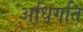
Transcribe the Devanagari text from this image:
अधिगति